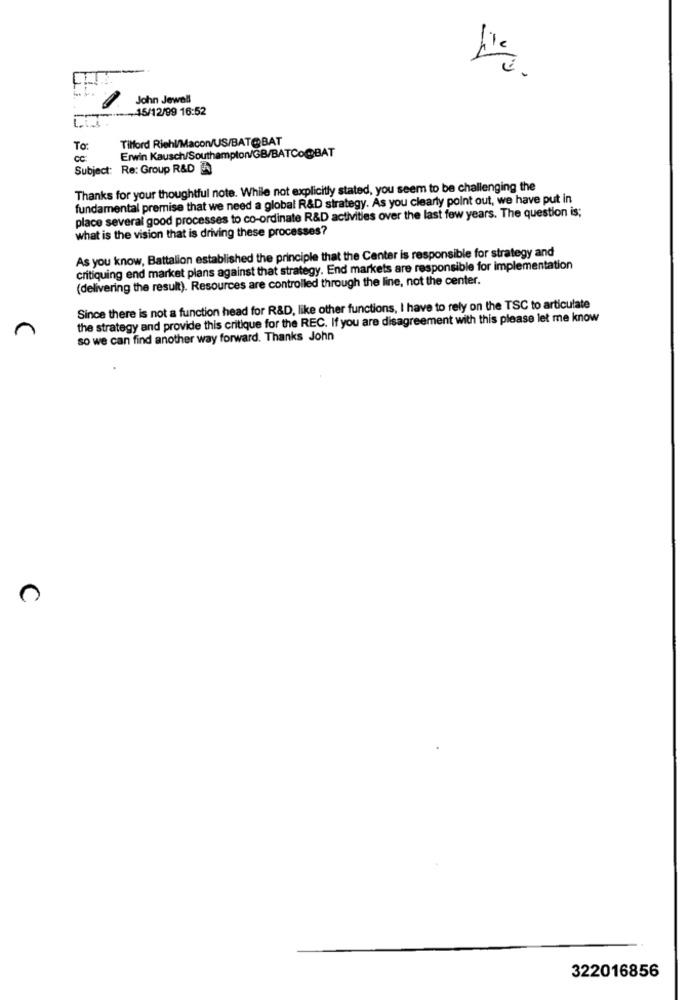
-1
John Jewell
L .- -- 15/12/99 16:52
Tilford Riehl/Macon/US/BAT@BAT
To:
Erwin Kausch/Southampton/GB/BATCo@BAT
cc:
Subject: Re: Group R&D
Thanks for your thoughtful note. While not explicitly stated, you seem to be challenging the
fundamental premise that we need a global R&D strategy. As you clearly point out, we have put in
place several good processes to co-ordinate R&D activities over the last few years. The question is;
what is the vision that is driving these processes?
As you know, Battalion established the principle that the Center is responsible for strategy and
critiquing end market plans against that strategy. End markets are responsible for implementation
(delivering the result). Resources are controlled through the line, not the center.
Since there is not a function head for R&D, like other functions, I have to rely on the TSC to articulate
the strategy and provide this critique for the REC. If you are disagreement with this please let me know
so we can find another way forward. Thanks John
322016856